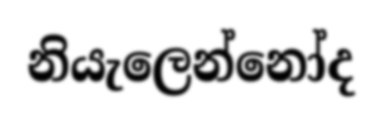
නියැලෙන්නෝද